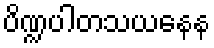
ပိဏ္ဍပါတသယနေန